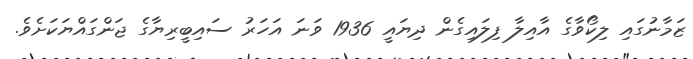
ޒަމާނުގައި ލިކޯވާގެ އާއިލާ ފިލައިގެން ދިޔައީ 1936 ވަނަ އަހަރު ސައިބީރިޔާގެ ޖަންގައްޔަކަށެވެ.